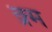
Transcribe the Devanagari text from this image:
क्र्म